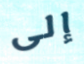
إلى